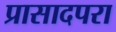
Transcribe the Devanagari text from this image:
प्रासादपरा